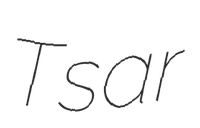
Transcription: Tsar